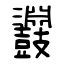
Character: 鼝